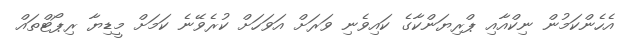
އެހެންކަމުން ނިކްއާއި ޕްރިޔަންކާގެ ކައިވެނި ވަރަށް އަވަހަށް ކުރެވޭނެ ކަމަށް މީޑިޔާ ރިޕޯޓްތައް